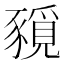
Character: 𧱻